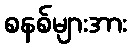
စနစ်များအား